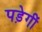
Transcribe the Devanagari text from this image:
पड़ेगीं